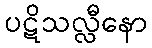
ပဋိသလ္လီနော